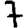
Digit: 7